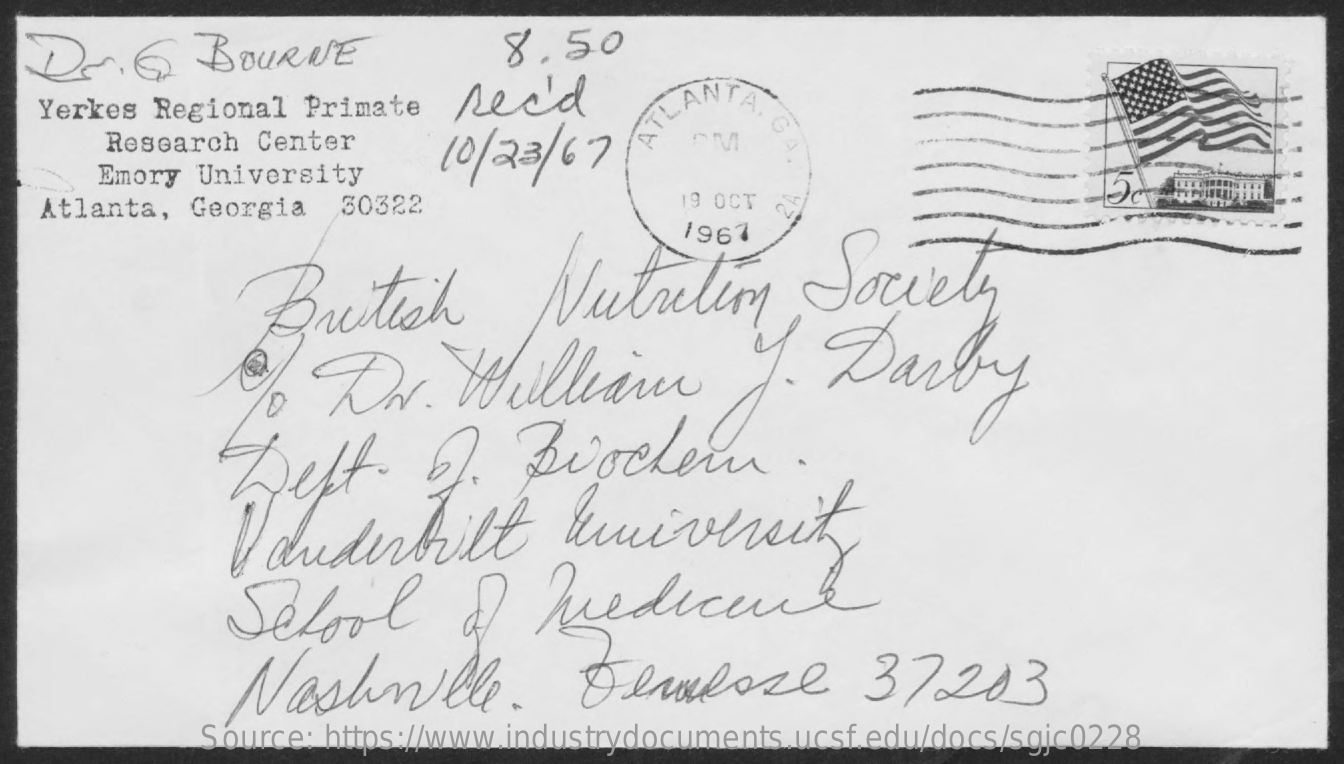
Dr.G    BOURNE    8.50
   Yerkes Regional Primate  need
     10/23/67
     ATLANTA.
     Research Center
     G
     PM   A
     Emory  University
   Atlanta, Georgia   30322    19 OCT
     1967
     British    Nutrition    Society
     Dr.    William    J.   Darby
     Weft.    2.    Biochemn.
     School    of  Medicine
     Nashville.    Femlose    37203
     Source: https://www.industrydocuments.ucsf.edu/docs/sgjc0228